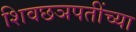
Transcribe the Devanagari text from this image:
शिवछञपतींच्या